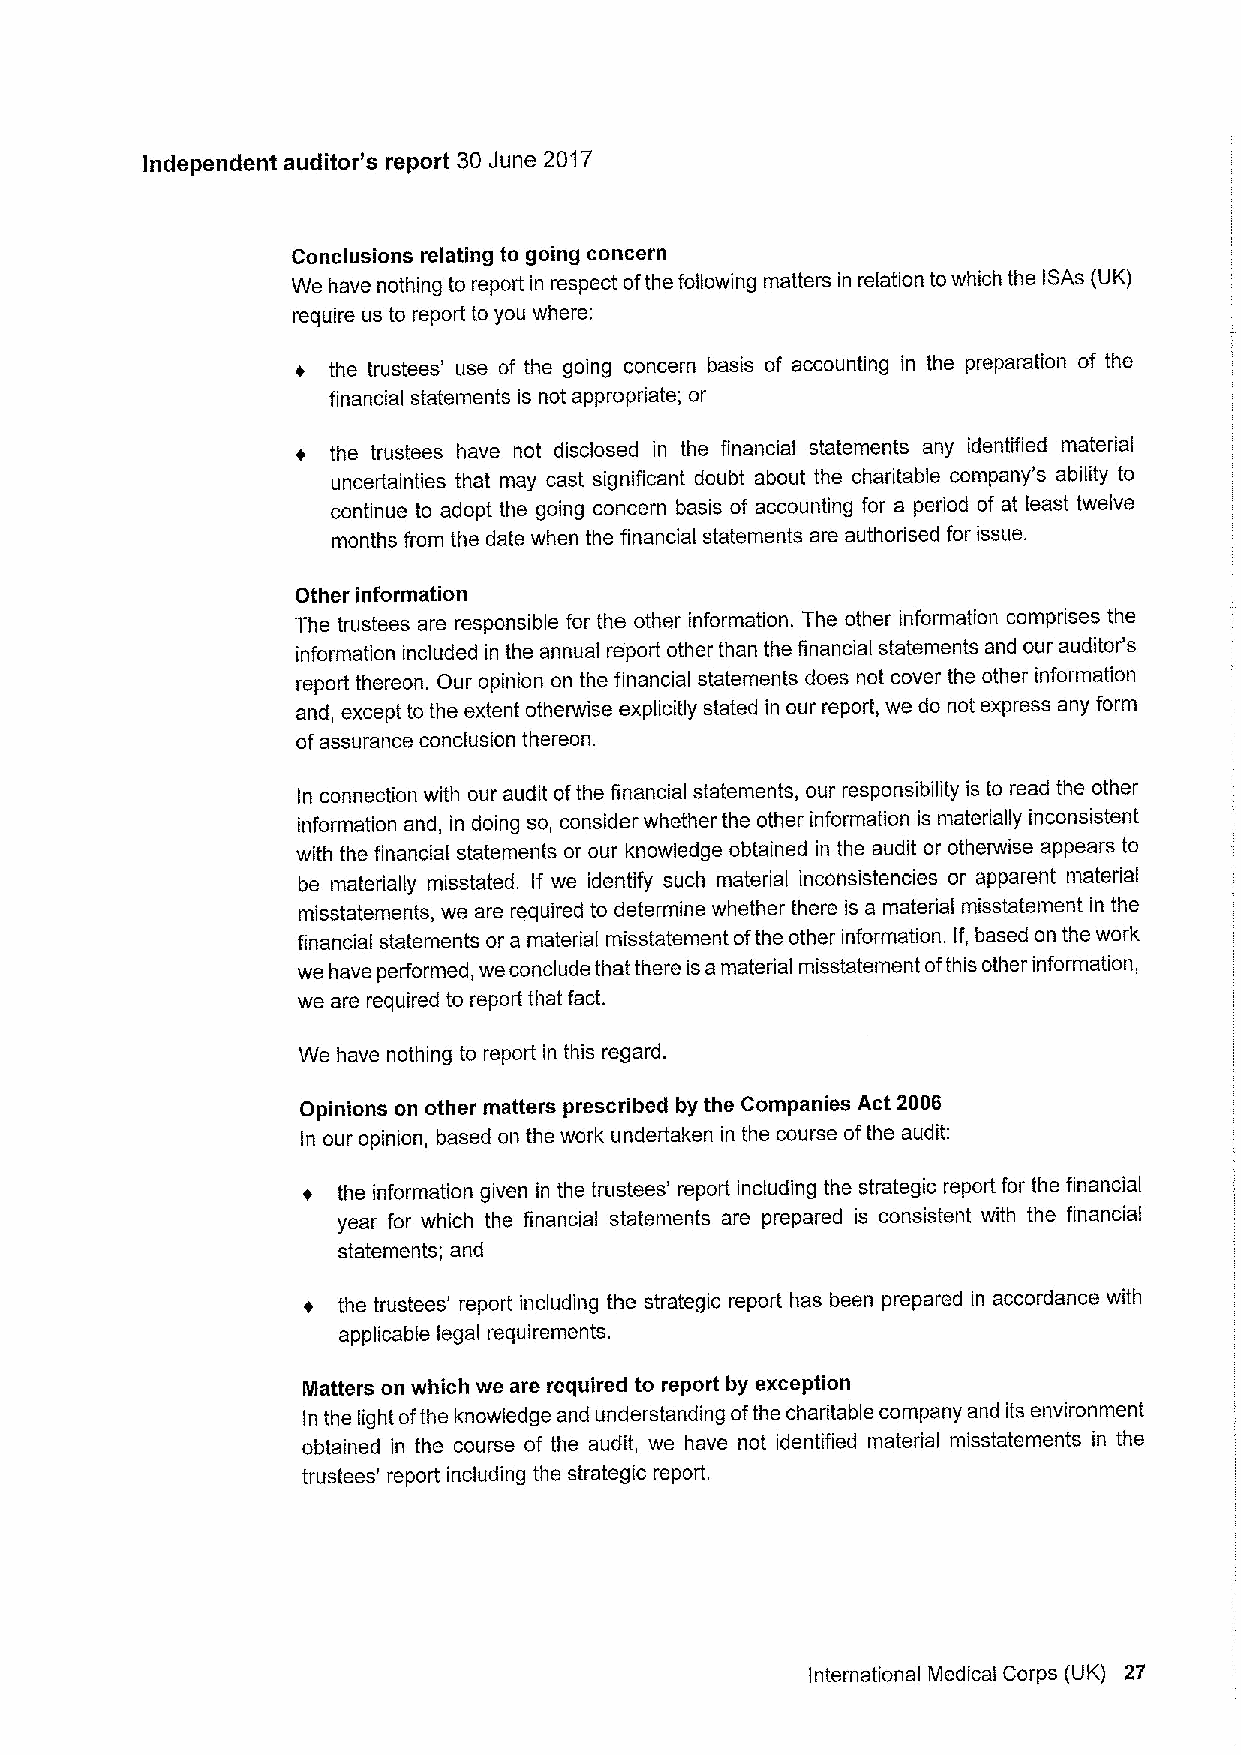
Independent auditor's report 30June 2017
 Conclusions relating to going concern
 We have nothing to report in respect ofthe following matters in relation towhich the ISAs (UK)
 require us to report to you where:
 the trustees' use of the going concern basis of accounting in the preparation of the
 financial statements is not appropriate; or
 the trustees have not disclosed in the financial statements any identified material
 uncertainties that may cast significant doubt about the charitable company's ability to
 continue to adopt the going concern basis of accounting for a period of at least twelve
 months from the date when the financial statements are authorised for issue.
 Other information
 The trustees are responsible for the other information. The other information comprises the
 information included in the annual report other than the financial statements and our auditor's
 report thereon. Our opinion on the financial statements does not cover the other information
 and, except to the extent otherwise explicitly stated in our report, we do not express any form
 ofassurance conclusion thereon.
 In connection with our audit ofthe financial statements, our responsibility is to read the other
 information and, in doing so, consider whether the other information is materially inconsistent
 with the financial statements or our knowledge obtained in the audit or otherwise appears to
 be materially misstated. If we identify such material inconsistencies or apparent material
 misstatements, we are required to determine whether there is a material misstatement in the
 financial statements or a material misstatement ofthe other information. If, based on the work
 we have performed, we conclude that there isa material misstatement ofthis other information,
 we are required to report that fact.
 We have nothing to report in this regard.
 Opinions on other matters prescribed by the Companies Act 2006
 In our opinion, based on the work undertaken in the course ofthe audit:
 the information given in the trustees' report including the strategic report for the financial
 year for which the financial statements are prepared is consistent with the financial
 statements; and
 the trustees' report including the strategic report has been prepared in accordance with
 applicable legal requirements.
 Matters on which we are required to report by exception
 In the light ofthe knowledge and understanding ofthe charitable company and its environment
 obtained in the course of the audit, we have not identified material misstatements in the
 trustees' report including the strategic report.
 International Medical Corps (UK) 27